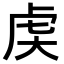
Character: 𬟧